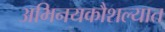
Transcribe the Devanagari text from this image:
अभिनयकौशल्यात